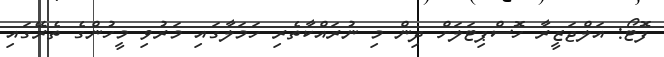
ފޮޓޯ: އަލްޖަޒީރާ ހޮސްޕިޓަލަށް ދިން މި ނުރައްކާތެރި ހަމަލާގައި މަރުވި މީހުންގެ ތެރޭގައި